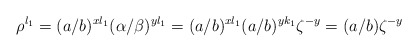
\begin{align*} \rho^{l_1}=(a/b)^{xl_1}(\alpha/\beta)^{yl_1}=(a/b)^{xl_1}(a/b)^{yk_1}\zeta^{-y}=(a/b)\zeta^{-y}\end{align*}